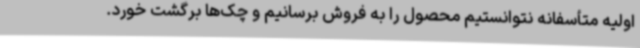
اولیه متأسفانه نتوانستیم محصول را به فروش برسانیم و چک‌ها برگشت خورد.